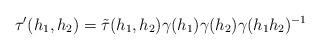
LaTeX: \begin{align*}\tau'(h_1,h_2)=\tilde\tau(h_1,h_2)\gamma(h_1)\gamma(h_2)\gamma(h_1h_2)^{-1}\end{align*}